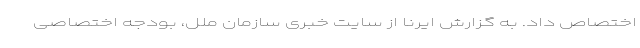
اختصاص داد. به گزارش ایرنا از سایت خبری سازمان ملل، بودجه اختصاصی